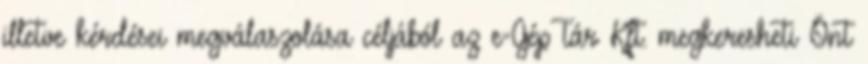
illetve kérdései megválaszolása céljából az e-GépTár Kft. megkeresheti Önt